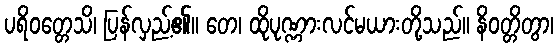
ပရိဝတ္တေသိ၊ ပြန်လှည့်၏။ တေ၊ ထိုပုဏ္ဏားလင်မယားတို့သည်။ နိဝတ္တိတွာ၊